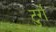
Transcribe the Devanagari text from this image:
टुर्रों